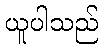
ယူပါသည်